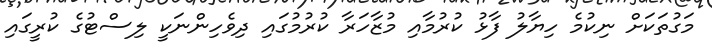
މަގުތަކަށް ނިކުމެ ހިޔާލު ފާޅު ކުރުމާއި މުޒާހަރާ ކުރުމުގައި ދިވެހިންނަކީ ލިސްޓުގެ ކުރީގައި